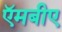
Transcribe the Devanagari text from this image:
ऍमबीए